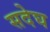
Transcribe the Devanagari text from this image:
सदेघ